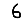
Digit: 6